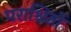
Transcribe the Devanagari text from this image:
पराश्रितों